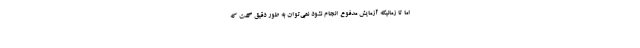
اما تا زمانیکه آزمایش مدفوع انجام نشود نمی‌توان به طور دقیق گفت که